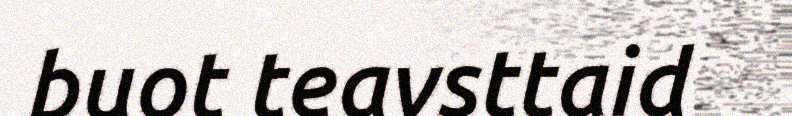
buot teavsttaid